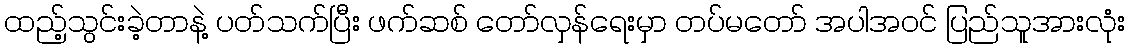
ထည့်သွင်းခဲ့တာနဲ့ ပတ်သက်ပြီး ဖက်ဆစ် တော်လှန်ရေးမှာ တပ်မတော် အပါအဝင် ပြည်သူအားလုံး